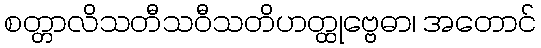
စတ္တာလိသတီသဝီသတိဟတ္ထုဗ္ဗေဓာ၊ အတောင်